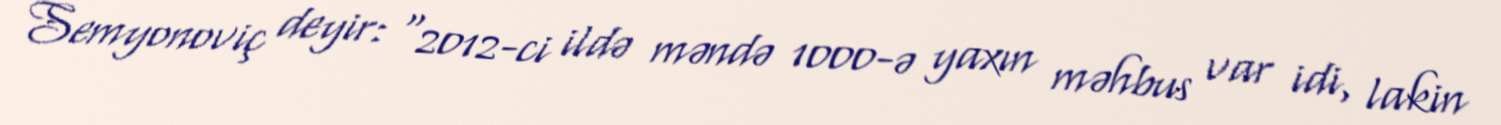
Semyonoviç deyir: “2012-ci ildə məndə 1000-ə yaxın məhbus var idi, lakin